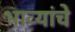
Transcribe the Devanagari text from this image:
भाव्यांचे